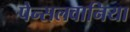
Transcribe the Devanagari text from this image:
पेन्सलवानिया